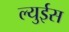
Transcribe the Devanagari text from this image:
ल्युईस